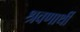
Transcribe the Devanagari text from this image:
श्रवणार्थी